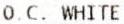
O.C. WHITE